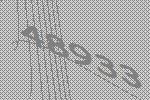
48933